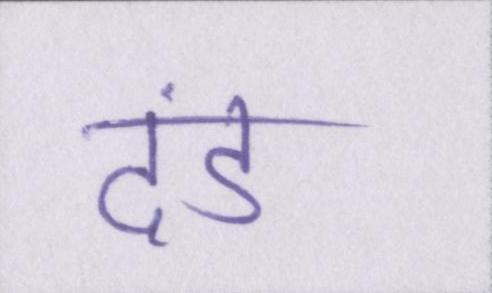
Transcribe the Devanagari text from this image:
दंड